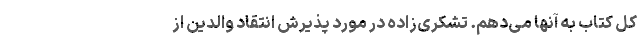
کل کتاب به آنها می‌دهم. تشکری‌زاده در مورد پذیرش انتقاد والدین از